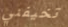
تخيفني